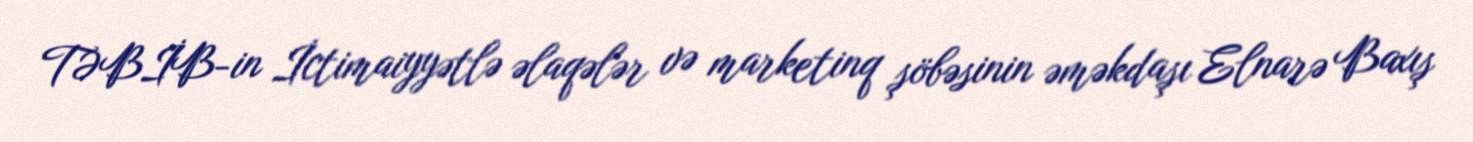
TƏBİB-in İctimaiyyətlə əlaqələr və marketinq şöbəsinin əməkdaşı Elnarə Baxış